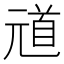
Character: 𫤞